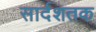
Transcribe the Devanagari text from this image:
सार्दशतक